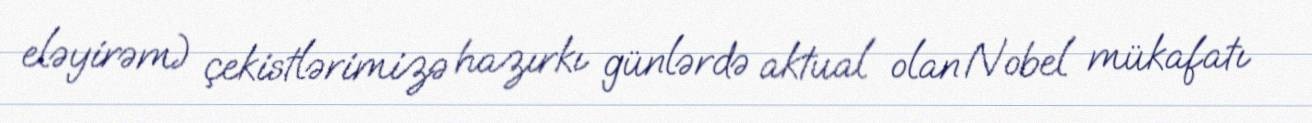
eləyirəm) çekistlərimizə hazırkı günlərdə aktual olan Nobel mükafatı